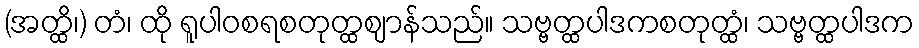
(အတ္ထိ၊) တံ၊ ထို ရူပါဝစရစတုတ္ထဈာန်သည်။ သဗ္ဗတ္ထပါဒကစတုတ္ထံ၊ သဗ္ဗတ္ထပါဒက